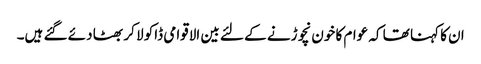
ان کا کہنا تھا کہ عوام کا خون نچوڑنے کے لئے بین الاقوامی ڈاکو لا کر بھٹا دئے گئے ہیں۔